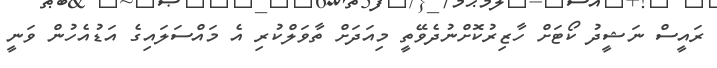
ރައީސް ނަޝީދު ކޯޓަށް ހާޒިރުކޮށްނުދެވޭތީ މިއަދަށް ތާވަލްކުރި އެ މައްސަލައިގެ އަޑުއެހުން ވަނީ